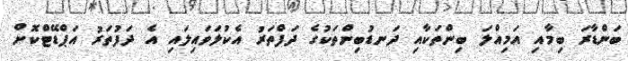
ބަންޑާރަ ބިމާއި އަމިއްލަ ބިންތަކާއި ދަނޑުބިންތަކުގެ ދަފްތަރު އެކުލަވައިލައި އެ ދަފުތަރު އަޕްޑޭޓްކޮށް